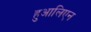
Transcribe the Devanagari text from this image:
हुआलिएन